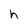
Character: h